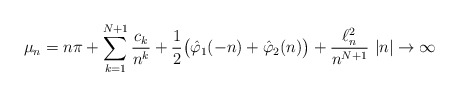
\begin{align*}\mu_n= n\pi +\sum_{k=1}^{N+1}\frac{c_k}{n^k} +\frac{1}{2}\big(\hat \varphi_1(-n) +\hat\varphi_2(n)\big) + \frac{\ell^2_n}{n^{N+1}} \,\,|n|\to \infty \end{align*}